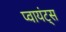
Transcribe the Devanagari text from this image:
प्वायंट्स